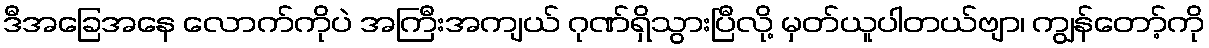
ဒီအခြေအနေ လောက်ကိုပဲ အကြီးအကျယ် ဂုဏ်ရှိသွားပြီလို့ မှတ်ယူပါတယ်ဗျာ၊ ကျွန်တော့်ကို